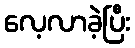
လေ့လာခဲ့ပြီး